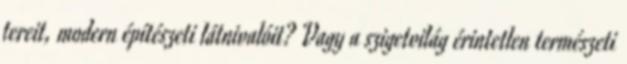
tereit, modern építészeti látnivalóit? Vagy a szigetvilág érintetlen természeti